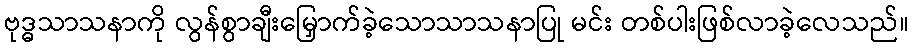
ဗုဒ္ဓသာသနာကို လွန်စွာချီးမြှောက်ခဲ့သောသာသနာပြု မင်း တစ်ပါးဖြစ်လာခဲ့လေသည်။